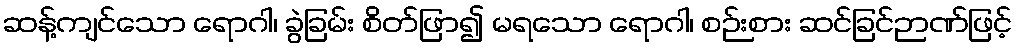
ဆန့်ကျင်သော ရောဂါ၊ ခွဲခြမ်း စိတ်ဖြာ၍ မရသော ရောဂါ၊ စဉ်းစား ဆင်ခြင်ဉာဏ်ဖြင့်